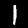
Label: 1